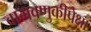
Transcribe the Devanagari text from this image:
वागवणुकीपेक्षा